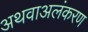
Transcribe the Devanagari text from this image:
अथवाअलंकरण